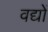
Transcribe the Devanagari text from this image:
वद्यों